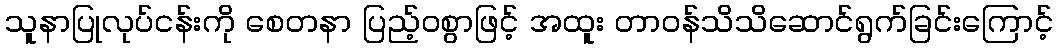
သူနာပြုလုပ်ငန်းကို စေတနာ ပြည့်ဝစွာဖြင့် အထူး တာဝန်သိသိဆောင်ရွက်ခြင်းကြောင့်